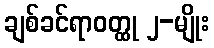
ချစ်ခင်ရာဝတ္ထု ၂-မျိုး